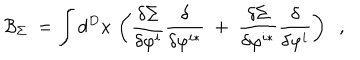
LaTeX: \mathcal { B } _ { \Sigma } \; = \int d ^ { D } x \, \left( \frac { \delta \Sigma } { \delta \varphi ^ { i } } \frac \delta { \delta \varphi ^ { i * } } \; + \; \frac { \delta \Sigma } { \delta \varphi ^ { i * } } \frac \delta { \delta \varphi ^ { i } } \right) \; \; ,